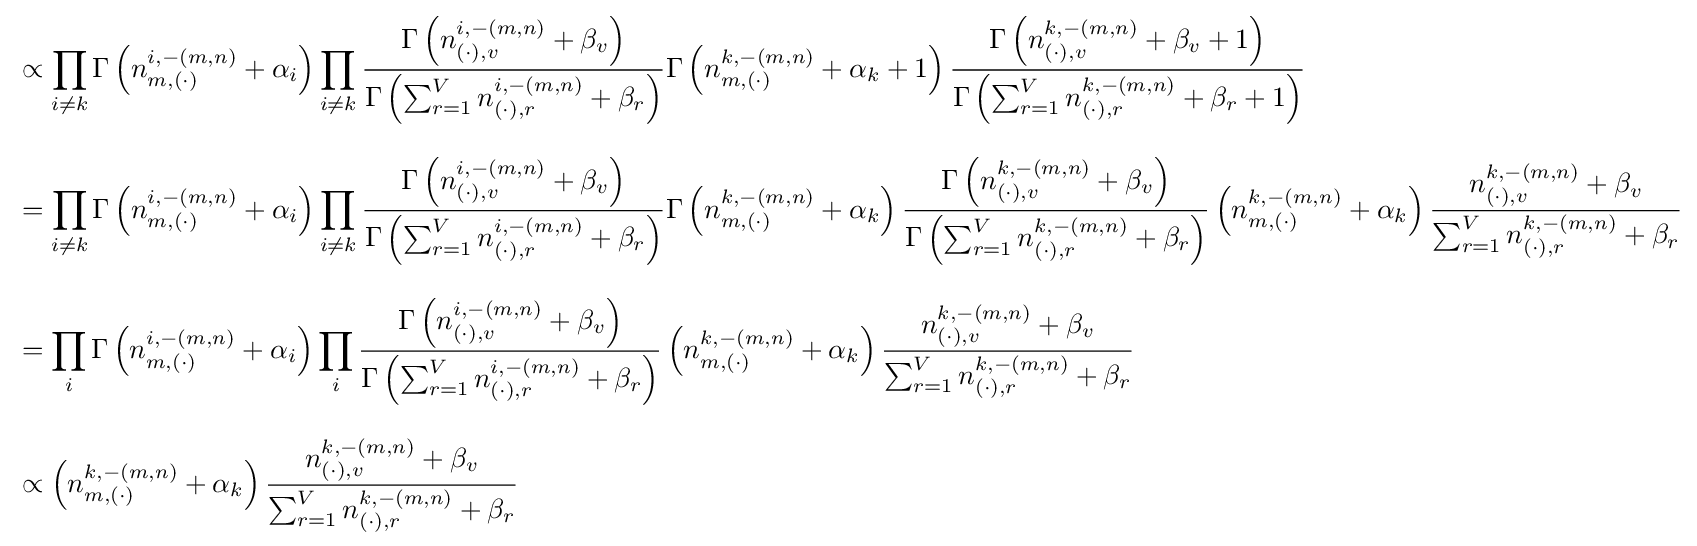
{\begin{aligned}&\propto \prod _{i\neq k}\Gamma \left(n_{m,(\cdot )}^{i,-(m,n)}+\alpha _{i}\right)\prod _{i\neq k}{\frac {\Gamma \left(n_{(\cdot ),v}^{i,-(m,n)}+\beta _{v}\right)}{\Gamma \left(\sum _{r=1}^{V}n_{(\cdot ),r}^{i,-(m,n)}+\beta _{r}\right)}}\Gamma \left(n_{m,(\cdot )}^{k,-(m,n)}+\alpha _{k}+1\right){\frac {\Gamma \left(n_{(\cdot ),v}^{k,-(m,n)}+\beta _{v}+1\right)}{\Gamma \left(\sum _{r=1}^{V}n_{(\cdot ),r}^{k,-(m,n)}+\beta _{r}+1\right)}}\\[8pt]&=\prod _{i\neq k}\Gamma \left(n_{m,(\cdot )}^{i,-(m,n)}+\alpha _{i}\right)\prod _{i\neq k}{\frac {\Gamma \left(n_{(\cdot ),v}^{i,-(m,n)}+\beta _{v}\right)}{\Gamma \left(\sum _{r=1}^{V}n_{(\cdot ),r}^{i,-(m,n)}+\beta _{r}\right)}}\Gamma \left(n_{m,(\cdot )}^{k,-(m,n)}+\alpha _{k}\right){\frac {\Gamma \left(n_{(\cdot ),v}^{k,-(m,n)}+\beta _{v}\right)}{\Gamma \left(\sum _{r=1}^{V}n_{(\cdot ),r}^{k,-(m,n)}+\beta _{r}\right)}}\left(n_{m,(\cdot )}^{k,-(m,n)}+\alpha _{k}\right){\frac {n_{(\cdot ),v}^{k,-(m,n)}+\beta _{v}}{\sum _{r=1}^{V}n_{(\cdot ),r}^{k,-(m,n)}+\beta _{r}}}\\[8pt]&=\prod _{i}\Gamma \left(n_{m,(\cdot )}^{i,-(m,n)}+\alpha _{i}\right)\prod _{i}{\frac {\Gamma \left(n_{(\cdot ),v}^{i,-(m,n)}+\beta _{v}\right)}{\Gamma \left(\sum _{r=1}^{V}n_{(\cdot ),r}^{i,-(m,n)}+\beta _{r}\right)}}\left(n_{m,(\cdot )}^{k,-(m,n)}+\alpha _{k}\right){\frac {n_{(\cdot ),v}^{k,-(m,n)}+\beta _{v}}{\sum _{r=1}^{V}n_{(\cdot ),r}^{k,-(m,n)}+\beta _{r}}}\\[8pt]&\propto \left(n_{m,(\cdot )}^{k,-(m,n)}+\alpha _{k}\right){\frac {n_{(\cdot ),v}^{k,-(m,n)}+\beta _{v}}{\sum _{r=1}^{V}n_{(\cdot ),r}^{k,-(m,n)}+\beta _{r}}}\end{aligned}}